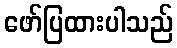
ဖော်ပြထားပါသည်